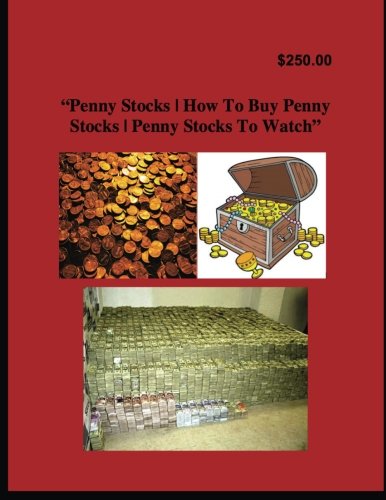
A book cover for Penny Stocks | How To Buy Penny Stocks | Penny Stocks To Watch; Wesley Chong; Business & Money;